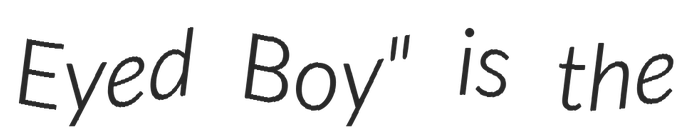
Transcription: Eyed Boy" is the